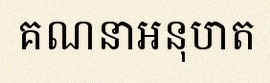
គណនាអនុបាត